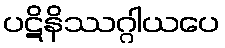
ပဋိနိဿဂ္ဂါယပေ